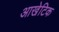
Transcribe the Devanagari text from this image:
आखेटिक